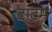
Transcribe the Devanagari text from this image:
टाटम